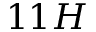
1 1 H